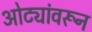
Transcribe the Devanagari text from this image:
ओट्यांवरून